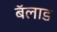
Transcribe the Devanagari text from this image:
बॅलाड